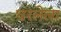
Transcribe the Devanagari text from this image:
घरलेला